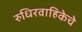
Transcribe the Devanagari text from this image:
रुधिरवाहिकेचे